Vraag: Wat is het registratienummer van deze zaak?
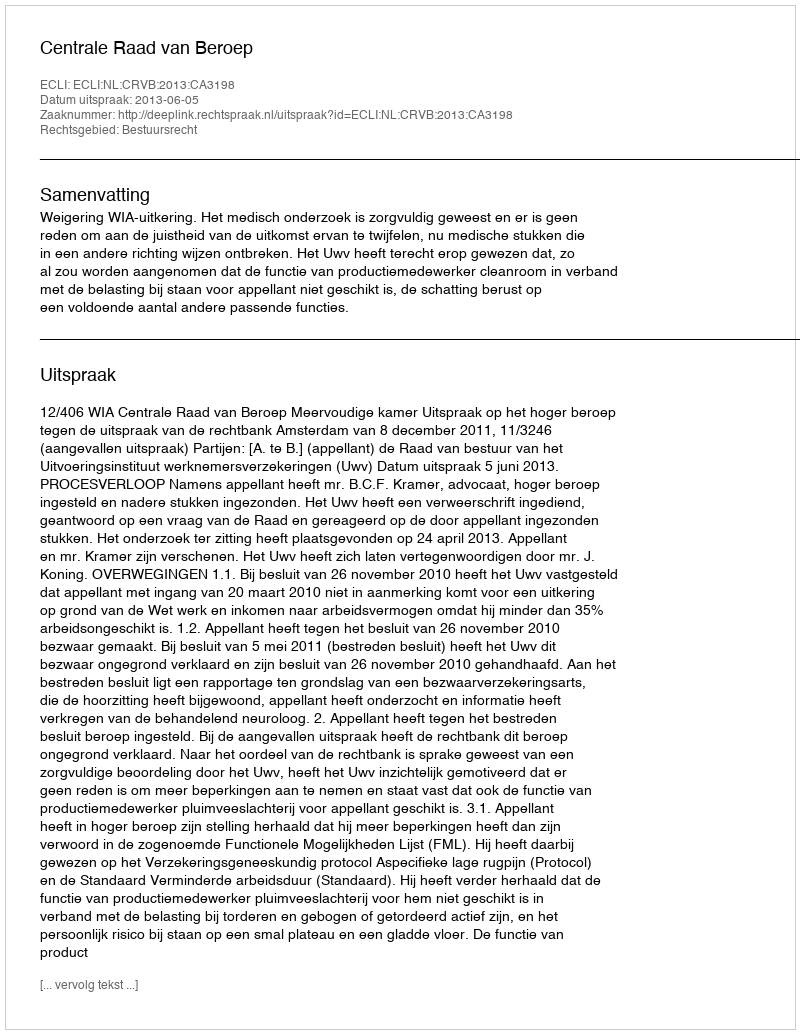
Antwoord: http://deeplink.rechtspraak.nl/uitspraak?id=ECLI:NL:CRVB:2013:CA3198